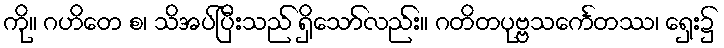
ကို။ ဂဟိတေ စ၊ သိအပ်ပြီးသည် ရှိသော်လည်း။ ဂတိတပုဗ္ဗသင်္ကေတဿ၊ ရှေး၌